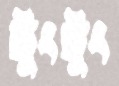
টুংটুং